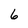
Character: 6